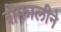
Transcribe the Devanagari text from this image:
शेफालीने